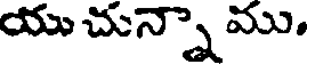
యు చున్నా ము.